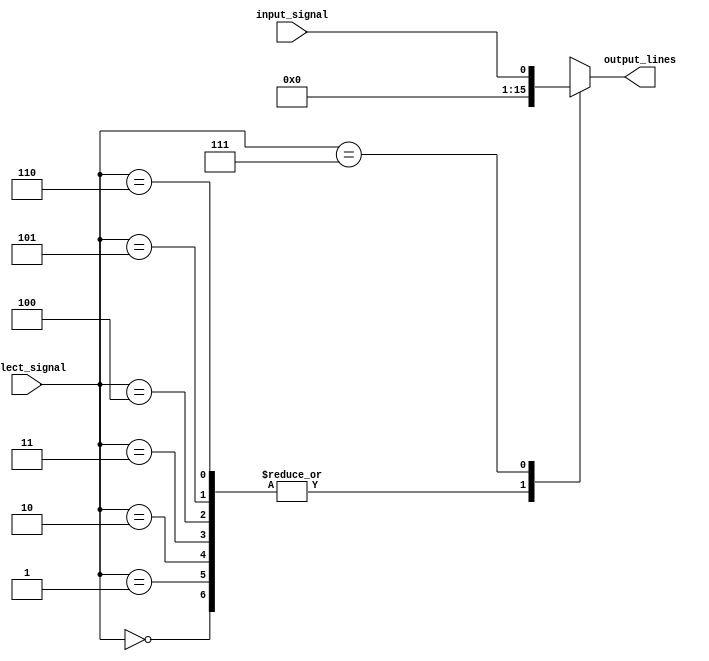
module demux_1to8 (
    input wire input_signal,
    input wire [2:0] select_signal,
    output reg [7:0] output_lines
);

always @(*) begin
    case(select_signal)
        3'b000: output_lines = {input_signal, 8'b00000000};
        3'b001: output_lines = {8'b00000000, input_signal, 8'b0000000};
        3'b010: output_lines = {8'b00000000, 8'b00000000, input_signal, 8'b000000};
        3'b011: output_lines = {8'b00000000, 8'b00000000, 8'b00000000, input_signal, 8'b00000};
        3'b100: output_lines = {8'b00000000, 8'b00000000, 8'b00000000, 8'b0000000, input_signal, 8'b0000};
        3'b101: output_lines = {8'b00000000, 8'b00000000, 8'b00000000, 8'b0000000, 8'b000000, input_signal, 8'b000};
        3'b110: output_lines = {8'b00000000, 8'b00000000, 8'b00000000, 8'b0000000, 8'b000000, 8'b00000, input_signal, 8'b00};
        3'b111: output_lines = {8'b00000000, 8'b00000000, 8'b00000000, 8'b0000000, 8'b000000, 8'b00000, 8'b0000, input_signal};
        default: output_lines = 8'b00000000;
    endcase
end

endmodule